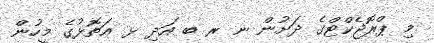
މި ޕްރޮޖެކްޓްގެ ދަށުން ނ ރ ބ އަދި ޅ އަތޮޅުގެ މީހުން